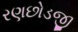
રણછોડજી